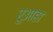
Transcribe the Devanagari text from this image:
रुआहा